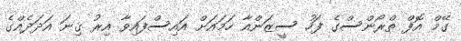
ގޭމް އޮފް ތްރޯންސްގެ ފަހު ސީޒަންއާ ހަމައަށް އައިސްފައިވާ އިރު ގިނަ އަދަދެއްގެ